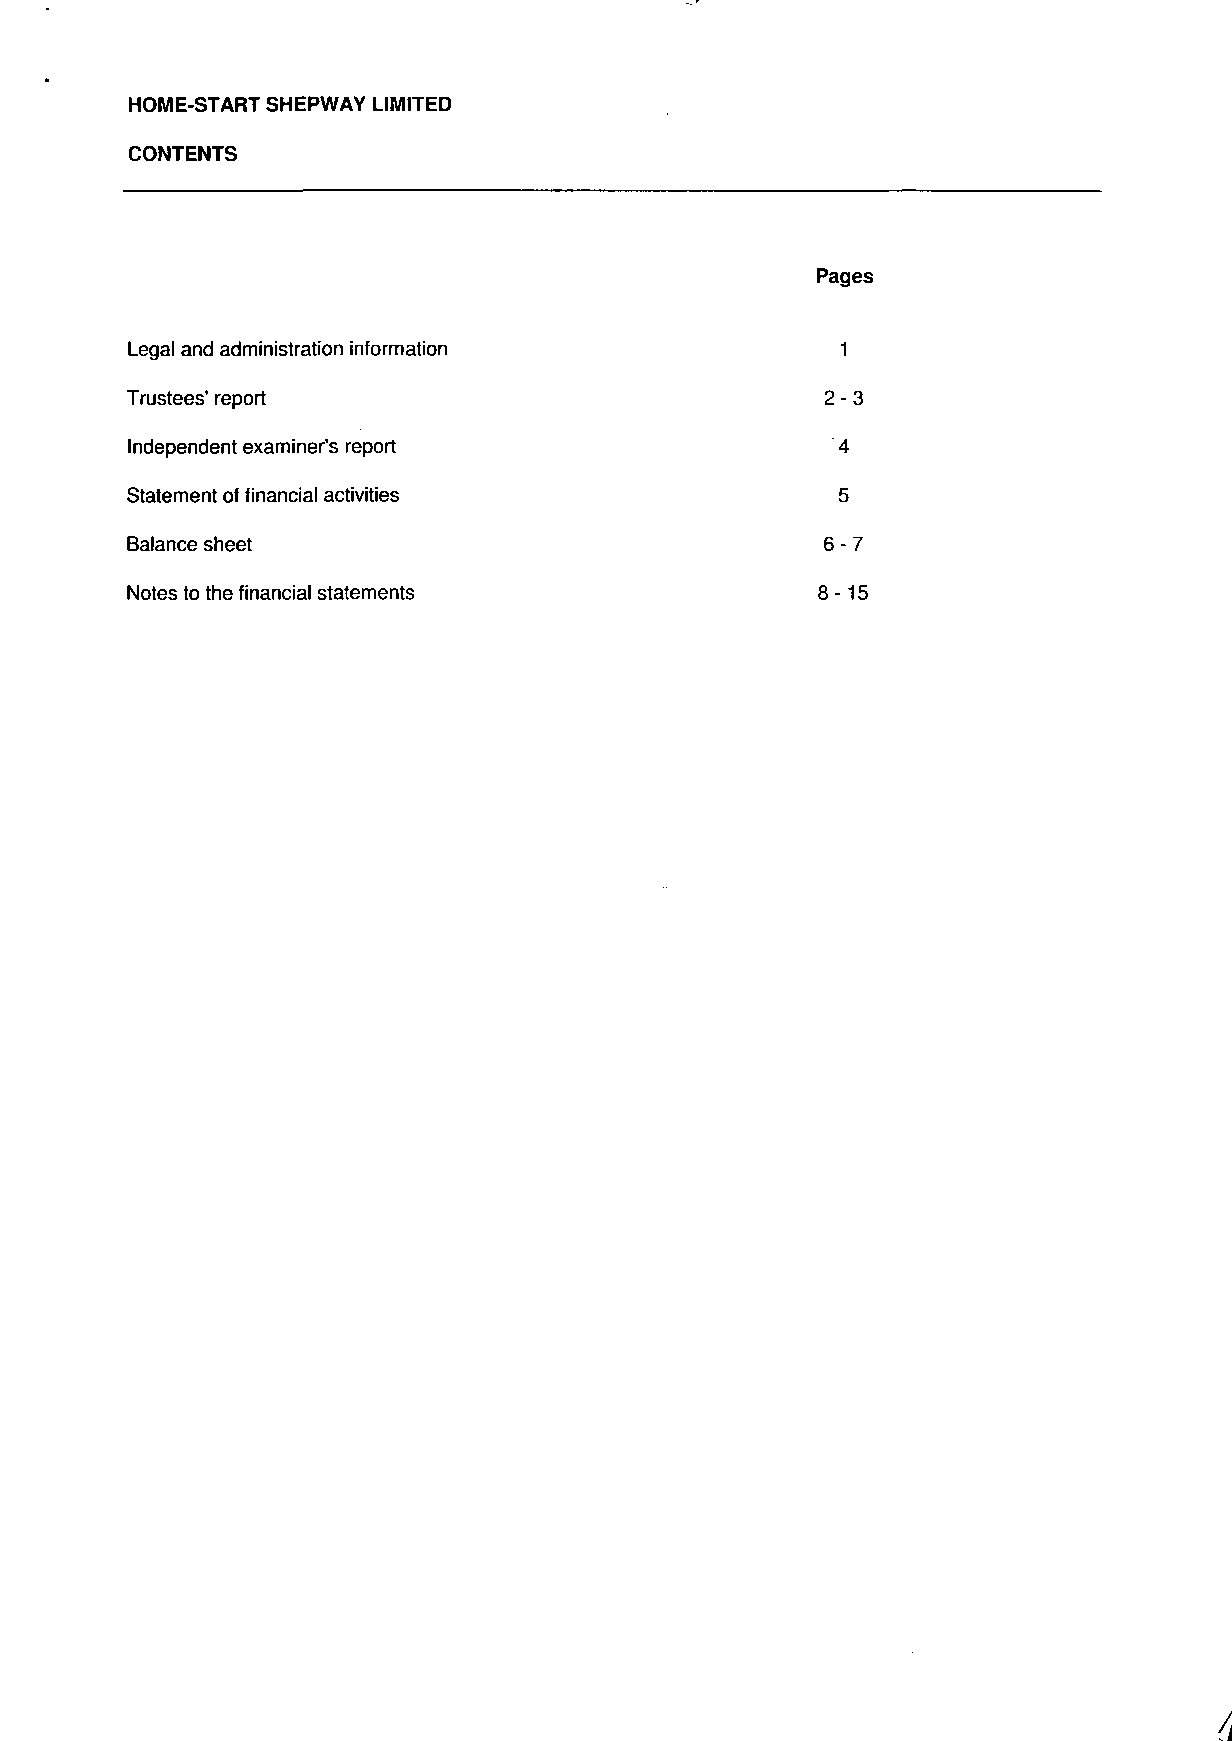
HOME-START SHEPWAY LIMITED
 CONTENTS
 Pages
 Legal and administration information            1
 Trustees' report                               2 - 3
 Independent examiner's report                   4
 Statement of financial activities               5
 Balance sheet                                  6 - 7
 Notes to the financial statements              8-15